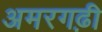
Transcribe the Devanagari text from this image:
अमरगढ़ी